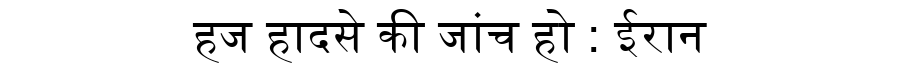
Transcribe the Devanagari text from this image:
हज हादसे की जांच हो : ईरान